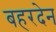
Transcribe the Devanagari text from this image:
बहरदेन